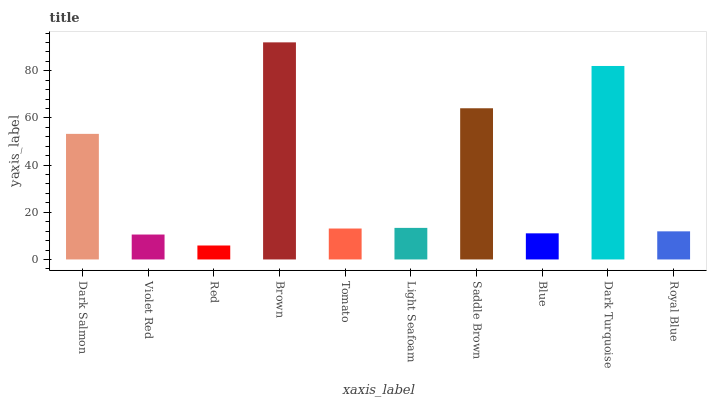
| xaxis_label | bars |
 | --- | --- |
 | Dark Salmon | 53.2 |
 | Violet Red | 10.6 |
 | Red | 5.92 |
 | Brown | 92 |
 | Tomato | 13.1 |
 | Light Seafoam | 13.4 |
 | Saddle Brown | 64.1 |
 | Blue | 11.1 |
 | Dark Turquoise | 82 |
 | Royal Blue | 11.9 |